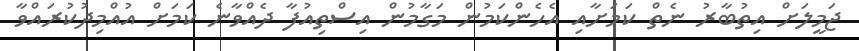
ޖަމީލަށް އިތުބާރު ނެތް ކަމަށާއި އެހެންކަމުން މަގާމުން އިސްތިއުފާ ދެއްވާނެ ކަމަށް އުއްމިދުކުރައްވާ